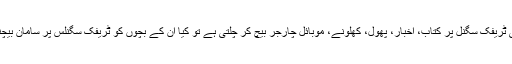
کچھ لوگوں کی زندگی ٹریفک سگنل پر کتاب، اخبار، پھول، کھلونے، موبائل چارجر بیچ کر چلتی ہے تو کیا ان کے بچوں کو ٹریفک سگنلس پر سامان بیچنے کی اجازت ہوگی؟